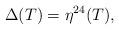
LaTeX: \begin{align*}\Delta(T) = \eta^{24}(T),\end{align*}